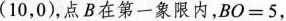
(10，0)，点B在第一象限内，BO=5，